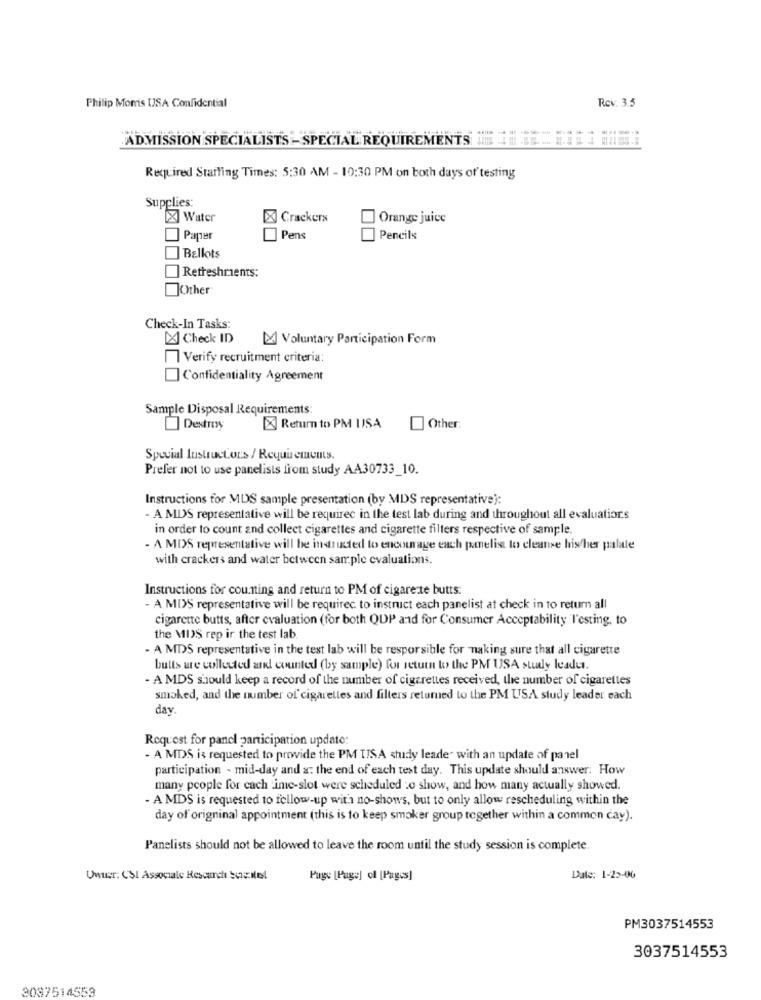
Philip Morris USA Confidential
Rev. 3.5
ADMISSION SPECIALISTS - SPECIAL REQUIREMENTS
Required Starting Times: 5:30 AM - 19:30 PM on both days of testing
Supplies:
X Water
X Crackers
Orange juice
] Paper
Pens
Pencils
Ballots
Refreshments:
Other
Check-In Tasks:
[X] Check ID
Voluntary Participation Form
Verify recruitment criteria:
Confidentiality Agreement
Sample Disposal Requirements:
Destroy
X Return to PM USA
Other
Special Instructors / Requirements.
Prefer not to use panelists from study AA30733_10.
Instructions for MDS sample presentation (by MDS representative):
- A MDS representative will be requirec in the test lab during and throughout all evaluations
in order to count and collect cigarettes and cigarette filters respective of sample.
- A MDS representative will be instructed to encourage each panelist to cleanse his/her palate
with crackers and water between sample evaluations.
Instructions for counting and return to PM of cigarerte butts:
- A MIS representative will be requirec. to instruct each panelist at check in to return all
cigarette butts, after evaluation (for both QUP and for Consumer Acceptability l'esting, to
the MIS rep ir the test lab
- A MDS representative in the test lab will be responsible for making sure that all cigarette
butts are collected and counted (by sample) ku return to the PM USA study leader.
- A MDS should keep a record of the number of cigarettes received, the number of cigarettes
smoked, and the number of cigarettes and filters retamed to the PM USA study leader each
day.
Request for panel participation update:
- A MDS is requested to provide the PM TISA study leade" with an update of panel
participation - mid-day and a: the end of each test day. This update should answer: How
many people for each ine-slot were scheduled :o show, and how many actually showed.
- A MDS is requested to follow-up with no-shows, but to only allow rescheduling within the
day of origninal appointment (this is to keep smoker group together within a common cay).
Panelists should not be allowed to leave the room until the study session is complete.
Unter: CSI Associale Research Social
Page [Page] of [Pages]
Date: 1-25-00
PM3037514553
3037514553
3087514553